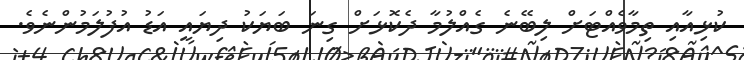
ކުޅިއާއި ތިމާވެއްޓަށް ލިބޭނެ ގެއްލުމާ ދެކޮޅަށް ގިނަ ބަޔަކު ދިޔައީ އަޑު އުފުލަމުންނެވެ.